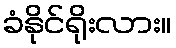
ခံနိုင်ရိုးလား။